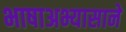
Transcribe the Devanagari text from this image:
भाषाअभ्यासाने